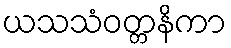
ယသသံဝတ္တနိကာ